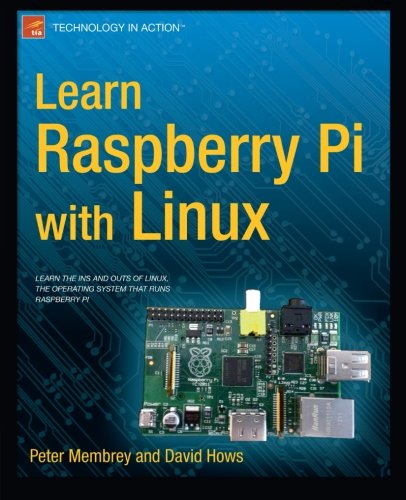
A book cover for Learn Raspberry Pi with Linux (Technology in Action); Peter Membrey; Computers & Technology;